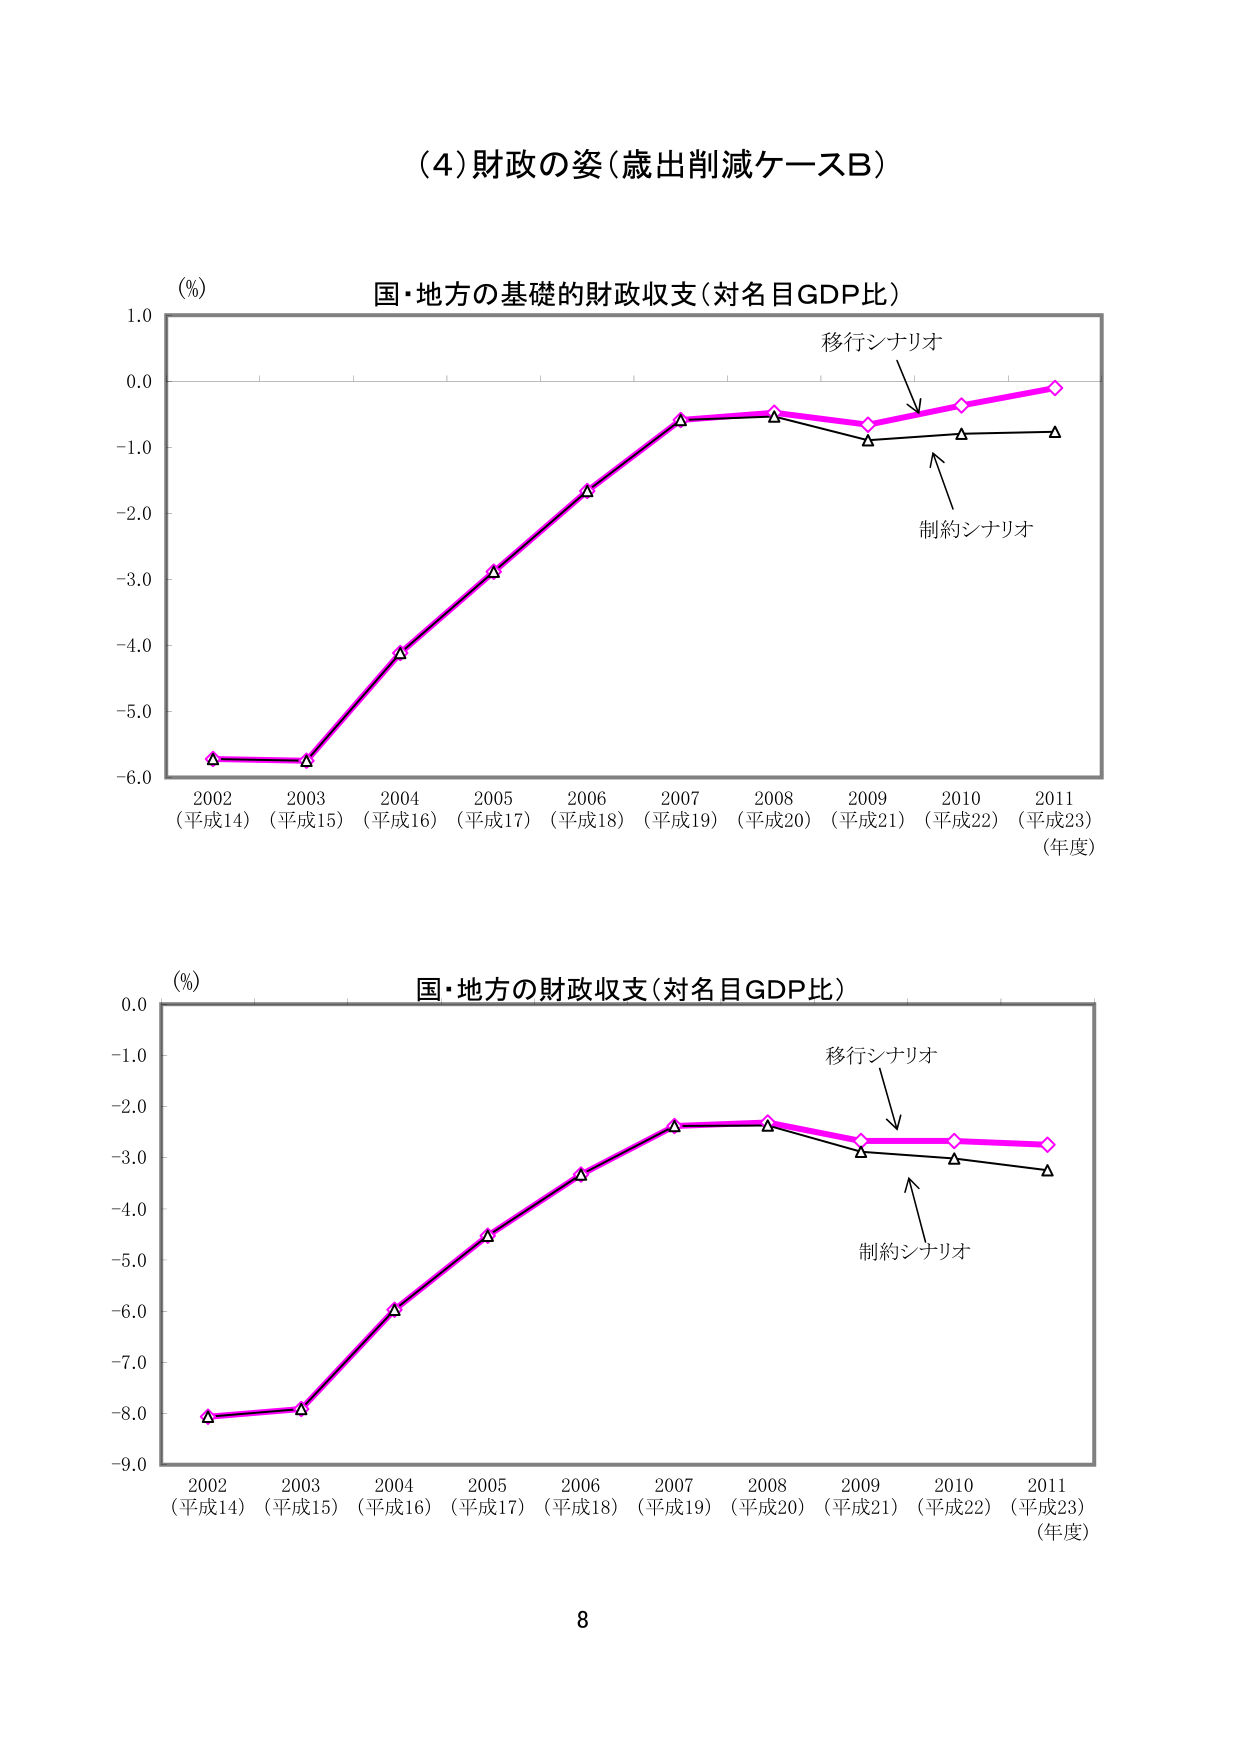
(4) 財政の姿（歳出削減ケースB）

(%)
国・地方の基礎的財政収支（対名目GDP比）
移行シナリオ
制約シナリオ
2002 (平成14) 2003 (平成15) 2004 (平成16) 2005 (平成17) 2006 (平成18) 2007 (平成19) 2008 (平成20) 2009 (平成21) 2010 (平成22) 2011 (平成23)
(年度)

(%)
国・地方の財政収支（対名目GDP比）
移行シナリオ
制約シナリオ
2002 (平成14) 2003 (平成15) 2004 (平成16) 2005 (平成17) 2006 (平成18) 2007 (平成19) 2008 (平成20) 2009 (平成21) 2010 (平成22) 2011 (平成23)
(年度)

8